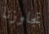
تجاوزنا